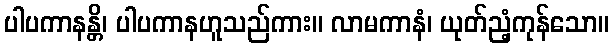
ပါပကာနန္တိ၊ ပါပကာနဟူသည်ကား။ လာမကာနံ၊ ယုတ်ညံ့ကုန်သော။